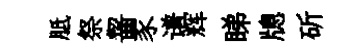
胝祭齧豕谱辉睇牕斫